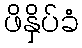
ဖိနှိပ်ခံ